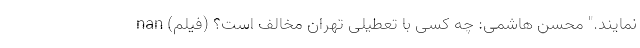
نمایند." محسن هاشمی: چه کسی با تعطیلی تهران مخالف است؟ (فیلم) nan